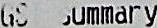
GST SUMMARY